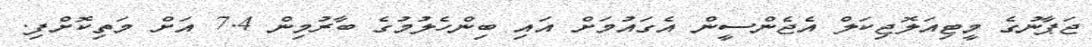
ޖަޕާނުގެ މީޓިއަލޮޖިކަލް އެޖެންސީން އެގައުމަށް އައި ބިންހެލުމުގެ ބާރުމިން 7.4 އަށް މަތިކޮށްފި.